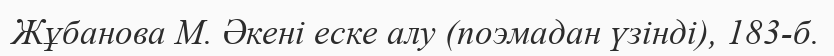
Жұбанова М. Әкені еске алу (поэмадан үзінді), 183-б.